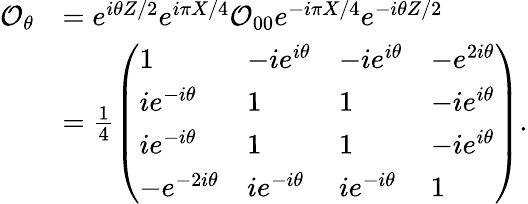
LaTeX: \begin{array}{rl}{\mathcal{O}_{\theta}}&{=e^{i\theta Z/2}e^{i\pi X/4}\mathcal{O}_{00}e^{-i\pi X/4}e^{-i\theta Z/2}}\\ &{=\frac{1}{4}\left(\begin{array}{llll}{1}&{-ie^{i\theta}}&{-ie^{i\theta}}&{-e^{2i\theta}}\\ {ie^{-i\theta}}&{1}&{1}&{-ie^{i\theta}}\\ {ie^{-i\theta}}&{1}&{1}&{-ie^{i\theta}}\\ {-e^{-2i\theta}}&{ie^{-i\theta}}&{ie^{-i\theta}}&{1}\end{array}\right).}\end{array}